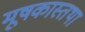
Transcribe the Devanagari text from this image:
मूषकास्तथा